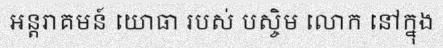
អន្តរាគមន៍ យោធា របស់ បស្ចិម លោក នៅក្នុង